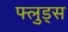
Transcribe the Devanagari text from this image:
फ्लुड्स